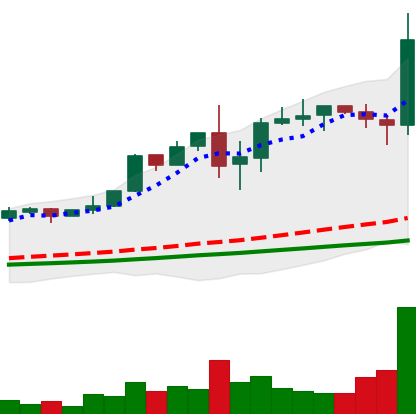
Ticker: LTC-USD
Chart end date: 2017-12-08
Forward return: 142.38%
Label: up_7plus